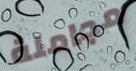
مجاملة